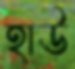
হাউ